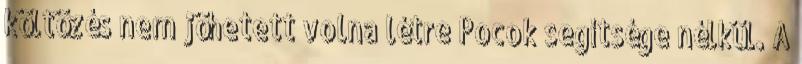
költözés nem jöhetett volna létre Pocok segítsége nélkül. A